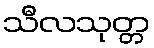
သီလသုတ္တ